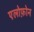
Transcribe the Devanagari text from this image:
एलोफ़ोन